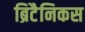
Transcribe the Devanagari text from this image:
ब्रिटैनिकस